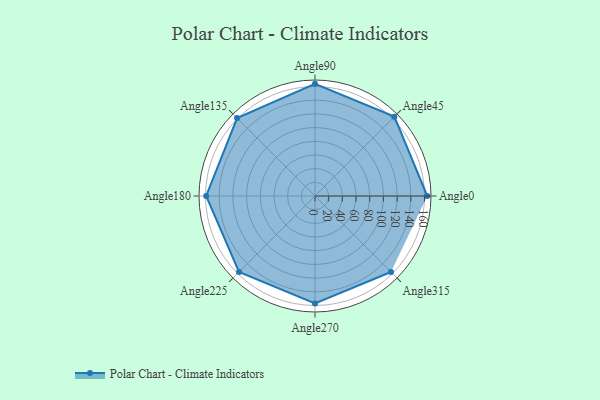
{"axis": {"x": "Angle", "y": "Radius"}, "legend": [""], "data": [{"x": "Angle0", "y": 164.0, "type": ""}, {"x": "Angle45", "y": 164.0, "type": ""}, {"x": "Angle90", "y": 164.0, "type": ""}, {"x": "Angle135", "y": 161.0, "type": ""}, {"x": "Angle180", "y": 159.0, "type": ""}, {"x": "Angle225", "y": 157.0, "type": ""}, {"x": "Angle270", "y": 157.0, "type": ""}, {"x": "Angle315", "y": 157.0, "type": ""}]}